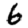
Digit: 6